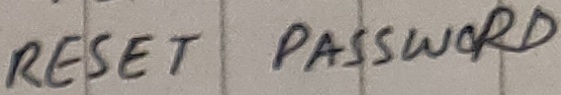
Text: RESET PASSWORD